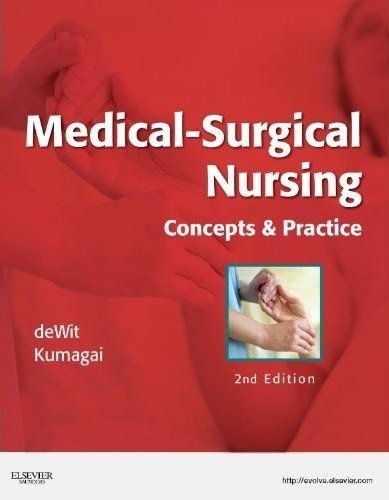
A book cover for Medical-Surgical Nursing: Concepts & Practice, 2e; Susan C. deWit MSN  RN  CNS  PHN; Medical Books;